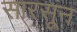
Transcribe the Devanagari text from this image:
सारसून